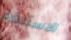
الاستلقاء